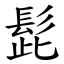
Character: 髭